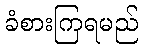
ခံစားကြရမည်